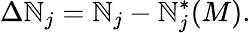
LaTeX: \Delta\mathbb{N}_{j}=\mathbb{N}_{j}-\mathbb{N}_{j}^{*}(M).